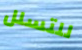
للتسلل